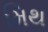
મિથ